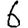
Digit: 6